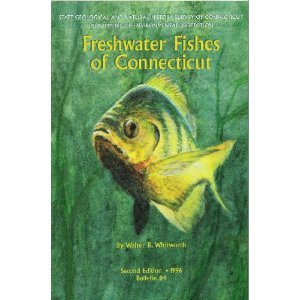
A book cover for Freshwater Fishes of Connecticut (Bulletin / State Geological and Natural History Survey of); Sports & Outdoors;